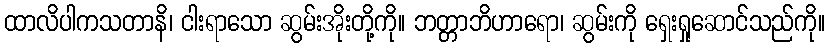
ထာလိပါကသတာနိ၊ ငါးရာသော ဆွမ်းအိုးတို့ကို။ ဘတ္တာဘိဟာရော၊ ဆွမ်းကို ရှေးရှုဆောင်သည်ကို။